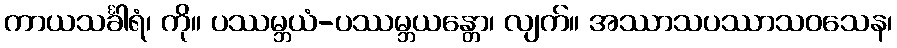
ကာယသင်္ခါရံ၊ ကို။ ပဿမ္ဘယံ-ပဿမ္ဘယန္တော၊ လျက်။ အဿာသပဿာသဝသေန၊